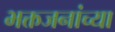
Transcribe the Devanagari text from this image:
भक्तजनांच्या